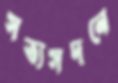
সত্যসদনে